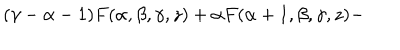
LaTeX: ( \gamma - \alpha - 1 ) F ( \alpha , \beta , \gamma , z ) + \alpha F ( \alpha + 1 , \beta , \gamma , z ) -